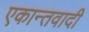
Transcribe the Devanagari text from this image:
एकान्तवादी